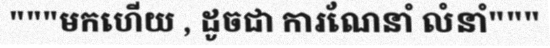
"""មកហើយ , ដូចជា ការណែនាំ លំនាំ"""